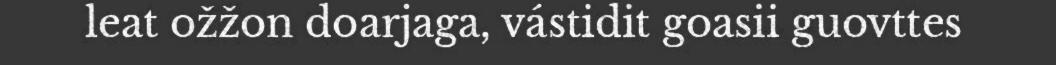
leat ožžon doarjaga, vástidit goasii guovttes